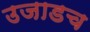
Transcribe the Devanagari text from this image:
उजाडच